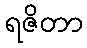
ရဇိတာ